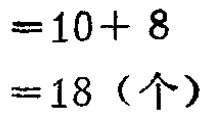
$=10 + 8 \\

=18（个）$